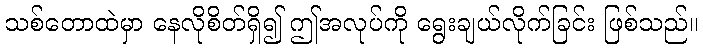
သစ်တောထဲမှာ နေလိုစိတ်ရှိ၍ ဤအလုပ်ကို ရွေးချယ်လိုက်ခြင်း ဖြစ်သည်။